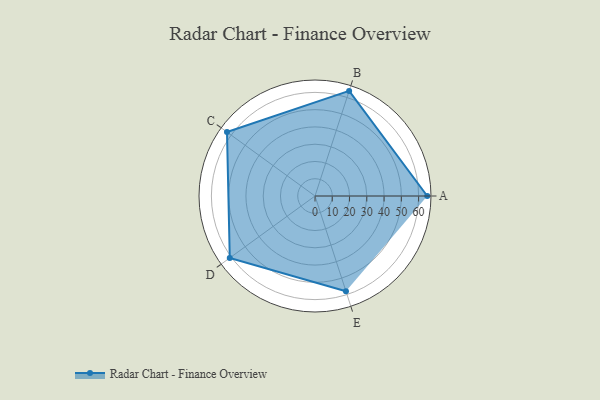
{"axis": {"x": "Skill", "y": "Score"}, "legend": ["Profile"], "data": [{"x": "A", "y": 65.0, "type": "Profile"}, {"x": "B", "y": 64.0, "type": "Profile"}, {"x": "C", "y": 63.0, "type": "Profile"}, {"x": "D", "y": 61.0, "type": "Profile"}, {"x": "E", "y": 58.0, "type": "Profile"}]}